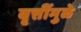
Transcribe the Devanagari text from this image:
वृत्तींमुळे